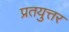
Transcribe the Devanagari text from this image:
प्रतयुत्तर